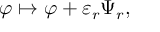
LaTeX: \varphi \mapsto \varphi + \varepsilon _ { r } \Psi _ { r } ,